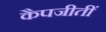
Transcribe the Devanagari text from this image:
कैपजीतीं